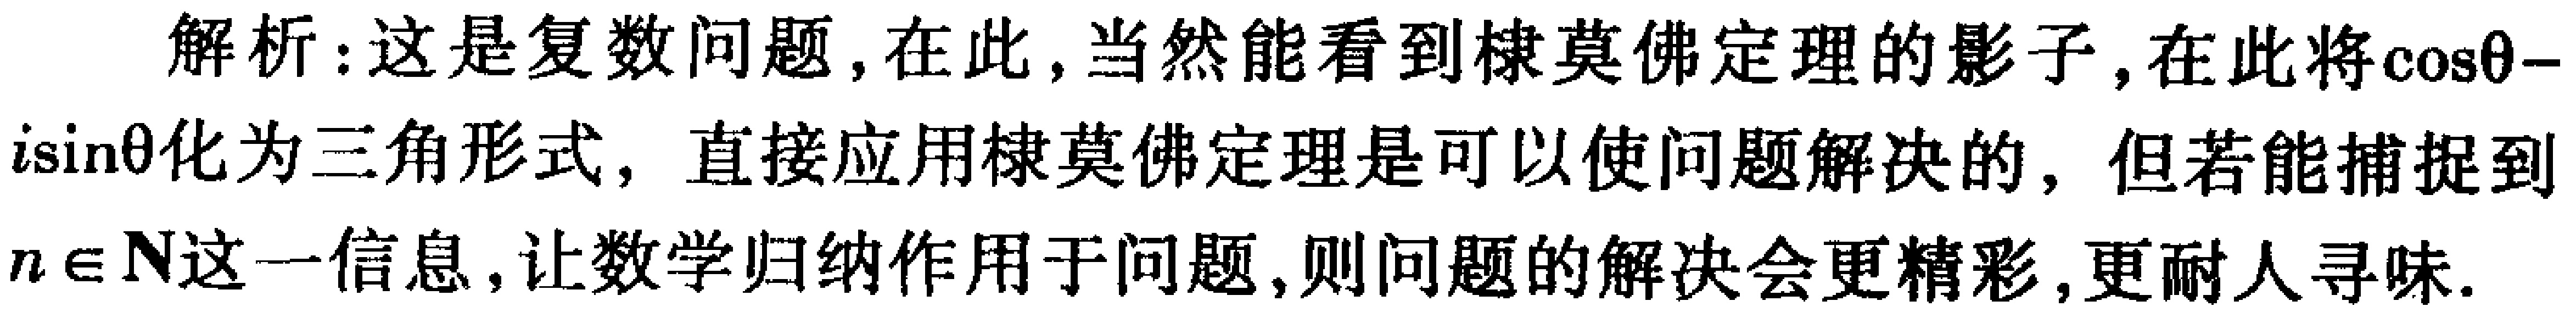
解析：这是复数问题，在此，当然能看到棣莫佛定理的影子，在此将\(\cos\theta - i\sin\theta\)化为三角形式，直接应用棣莫佛定理是可以使问题解决的，但若能捕捉到\(n\in\mathbb{N}\)这一信息，让数学归纳作用于问题，则问题的解决会更精彩，更耐人寻味.